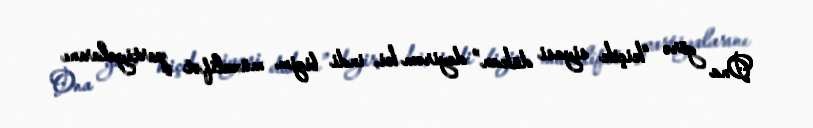
Ona görə “kiçik siyasi dükan” deyirəm ki, indi bizim müxalifət partiyalarını